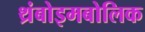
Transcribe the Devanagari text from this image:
थ्रंबोइमबोलिक